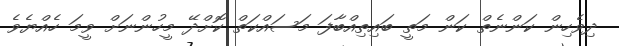
ދިވެހިން ކަންނެތް ކަން މަތީ ބައިތިއްބާފަ މަސައްކަތް ކޮށްދޭ މީހުންނަށް ވީމަ ހެއްޔެވެ